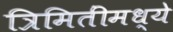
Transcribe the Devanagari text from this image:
त्रिमितींमध्ये